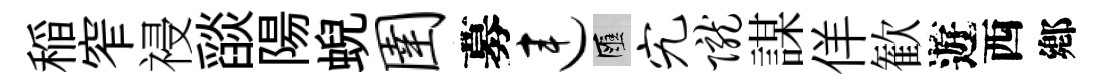
稲窄祲𦦨陽蜺圉募连匯究陇謀佯歓遊西鄕